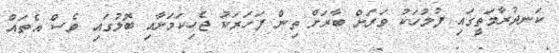
ކަނދުރާމަތީގައި ފުލުހަކު ވަރަށް ބާރަށް ތިން ފަހަރަކު ޖެހިކަމަށާއި ބޮލުގައި ވެސް އެތައް